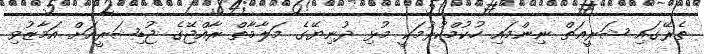
ތެރޭގައި ޝަރީޢަތް ނިންމައި ހުކުމްކުރުމަކީ މުޅި ދުނިޔޭގެ މަލާމާތް ރާއްޖޭގެ ޖުޑިޝަރީއަށް އަމާޒުވި